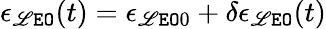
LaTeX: \epsilon_{\tt\mathscr{L}EO}(t)=\epsilon_{{\tt\mathscr{L}EO}0}+\delta\epsilon_{\tt\mathscr{L}EO}(t)